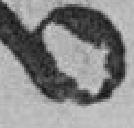
6